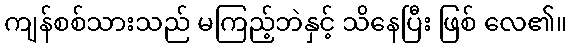
ကျန်စစ်သားသည် မကြည့်ဘဲနှင့် သိနေပြီး ဖြစ် လေ၏။